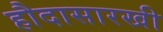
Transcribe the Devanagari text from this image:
हौदासारखी